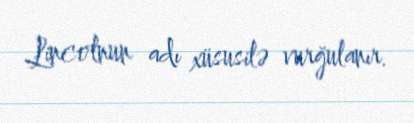
Lincolnun adı xüsusilə vurğulanır.